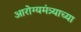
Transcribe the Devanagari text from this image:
आरोग्यमंत्र्याच्या